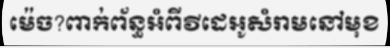
ម៉េច?ពាក់ព័ន្ធអំពីវីដេអូសំរាមនៅមុខ